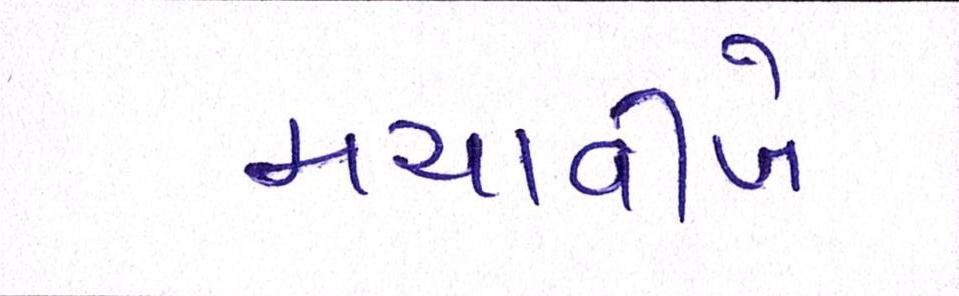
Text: મચાવીબે